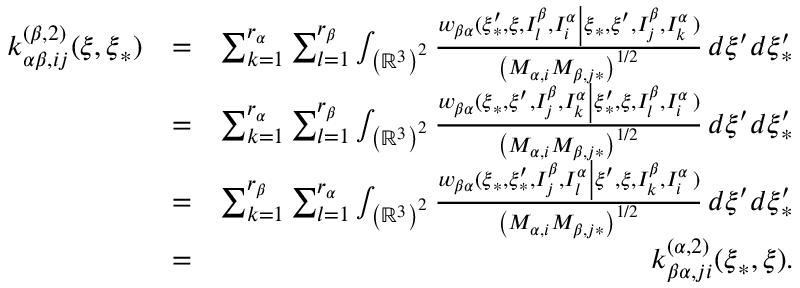
\begin{array} { r l r } { k _ { \alpha \beta , i j } ^ { \left( \beta , 2 \right) } ( \boldsymbol { \xi } , \boldsymbol { \xi } _ { \ast } ) } & { = } & { \sum _ { k = 1 } ^ { r _ { \alpha } } \sum _ { l = 1 } ^ { r _ { \beta } } \int _ { \left( \mathbb { R } ^ { 3 } \right) ^ { 2 } } \frac { w _ { \beta \alpha } ( \boldsymbol { \xi } _ { \ast } ^ { \prime } , \boldsymbol { \xi } , I _ { l } ^ { \beta } , I _ { i } ^ { \alpha } \left\vert \boldsymbol { \xi } _ { \ast } , \boldsymbol { \xi } ^ { \prime } , I _ { j } ^ { \beta } , I _ { k } ^ { \alpha } \right. ) } { \left( M _ { \alpha , i } M _ { \beta , j \ast } \right) ^ { 1 / 2 } } \, d \boldsymbol { \xi } ^ { \prime } d \boldsymbol { \xi } _ { \ast } ^ { \prime } } \\ & { = } & { \sum _ { k = 1 } ^ { r _ { \alpha } } \sum _ { l = 1 } ^ { r _ { \beta } } \int _ { \left( \mathbb { R } ^ { 3 } \right) ^ { 2 } } \frac { w _ { \beta \alpha } ( \boldsymbol { \xi } _ { \ast } , \boldsymbol { \xi } ^ { \prime } , I _ { j } ^ { \beta } , I _ { k } ^ { \alpha } \left\vert \boldsymbol { \xi } _ { \ast } ^ { \prime } , \boldsymbol { \xi } , I _ { l } ^ { \beta } , I _ { i } ^ { \alpha } \right. ) } { \left( M _ { \alpha , i } M _ { \beta , j \ast } \right) ^ { 1 / 2 } } \, d \boldsymbol { \xi } ^ { \prime } d \boldsymbol { \xi } _ { \ast } ^ { \prime } } \\ & { = } & { \sum _ { k = 1 } ^ { r _ { \beta } } \sum _ { l = 1 } ^ { r _ { \alpha } } \int _ { \left( \mathbb { R } ^ { 3 } \right) ^ { 2 } } \frac { w _ { \beta \alpha } ( \boldsymbol { \xi } _ { \ast } , \boldsymbol { \xi } _ { \ast } ^ { \prime } , I _ { j } ^ { \beta } , I _ { l } ^ { \alpha } \left\vert \boldsymbol { \xi } ^ { \prime } , \boldsymbol { \xi } , I _ { k } ^ { \beta } , I _ { i } ^ { \alpha } \right. ) } { \left( M _ { \alpha , i } M _ { \beta , j \ast } \right) ^ { 1 / 2 } } \, d \boldsymbol { \xi } ^ { \prime } d \boldsymbol { \xi } _ { \ast } ^ { \prime } } \\ & { = } & { k _ { \beta \alpha , j i } ^ { \left( \alpha , 2 \right) } ( \boldsymbol { \xi } _ { \ast } , \boldsymbol { \xi } ) \mathrm { . } } \end{array}